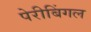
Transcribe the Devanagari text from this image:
पेरीबिंगल